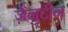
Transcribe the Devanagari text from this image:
ज़ैनुद्दीन